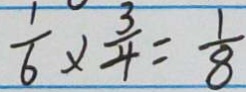
\frac { 1 } { 6 } \times \frac { 3 } { 4 } = \frac { 1 } { 8 }